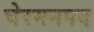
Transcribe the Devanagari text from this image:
चेरमनपद